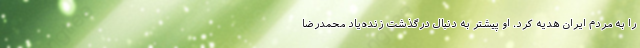
را به مردم ایران هدیه کرد. او پیشتر به دنبال درگذشت زنده‌یاد محمدرضا